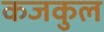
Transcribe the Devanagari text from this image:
कजकुल